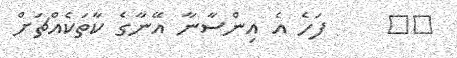
٢٤     ފަހެ އެ އިންސާނާ އޭނާގެ ކާތަކެއްޗަށް